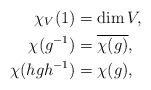
LaTeX: \begin{align*}\chi_V(1)&=\dim V,\\\chi(g^{-1})&=\overline{\chi(g)},\\\chi(hgh^{-1})&=\chi(g),\end{align*}